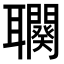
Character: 𦘍